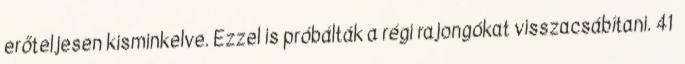
erőteljesen kisminkelve. Ezzel is próbálták a régi rajongókat visszacsábítani. 41